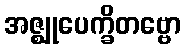
အဇ္ဈုပေက္ခိတဗ္ဗော